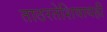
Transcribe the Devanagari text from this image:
ताठरतेशिवायही